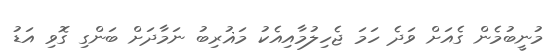
މުނީބުމެން ގެއަށް ވަދެ ހަމަ ޖެހިލުމާއިއެކު މަޣުރިބު ނަމާދަށް ބަންގި ގޮވި އަޑު